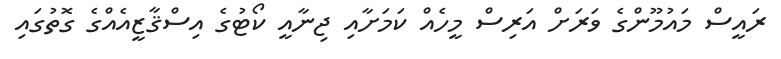
ރައީސް މައުމޫންގެ ވަރަށް އަރިސް މީހެއް ކަމަށާއި ޖިނާއީ ކޯޓުގެ އިސްޤާޒީއެއްގެ ގޮތުގައި